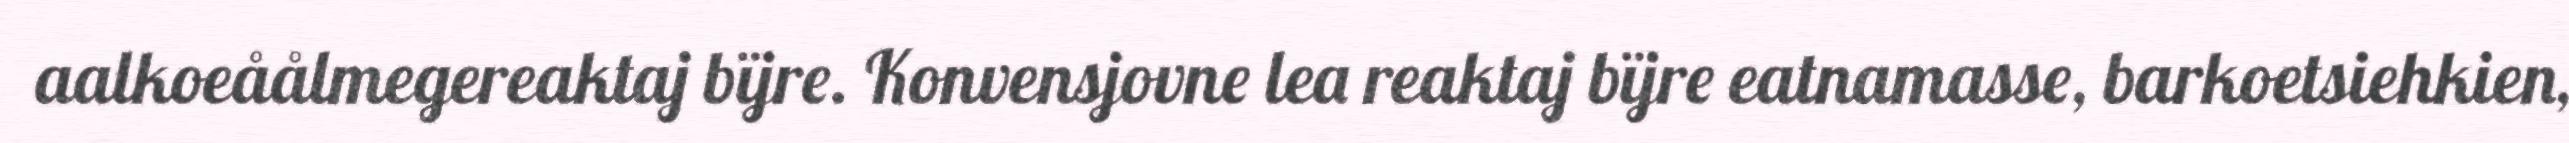
aalkoeåålmegereaktaj bïjre. Konvensjovne lea reaktaj bïjre eatnamasse, barkoetsiehkien,